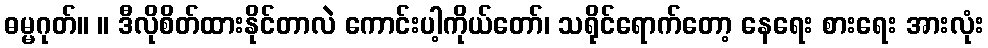
ဓမ္မဂုတ်။ ။ ဒီလိုစိတ်ထားနိုင်တာလဲ ကောင်းပါ့ကိုယ်တော်၊ သရိုင်ရောက်တော့ နေရေး စားရေး အားလုံး